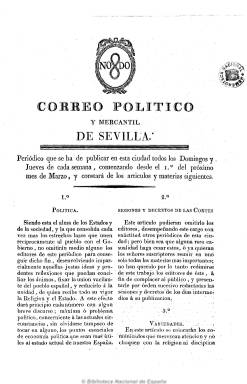
Título: Correo político y mercantil de Sevilla
Colección: Periódicos anteriores a 1850
Ámbito geográfico: Sevilla
Lugar de publicación: Sevilla
Fechas: 01/02/1814-23/05/1814

Es un bisemanario (sale los jueves y domingos) de carácter político, noticioso y comercial, que aparece el 3 de marzo de 1814 y que todavía en junio de este año sigue publicándose. Para Checa Godoy pasa de un “conservadurismo positivista a un claro absolutismo”. Comenzaba con la sección Política, especie de artículo doctrinal; ofrecía extractos de las sesiones y decretos de las Cortes; seguía con una sección dedica a la carta de lectores, también de carácter político; incluía algunas noticias de España y del extranjero, así como una amplia información en la sección Comercio (movimiento portuario de Sevilla y Cádiz, precios de comestibles y otros productos, cambios de monedas, etc.). Tenía imprenta propia, a cargo de Manuel Valvidares, y se publicaba en números de cuatro páginas y a dos columnas. Su cabecera estaba ocupada por el escudo de ciudad (NO8DO). Defensor de la religión y el estado, de un templado monarquismo constitucional, terminó defendiendo el anticonstitucionalismo absolutista fernandino.